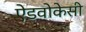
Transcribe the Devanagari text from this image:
ऐडवोकेसी